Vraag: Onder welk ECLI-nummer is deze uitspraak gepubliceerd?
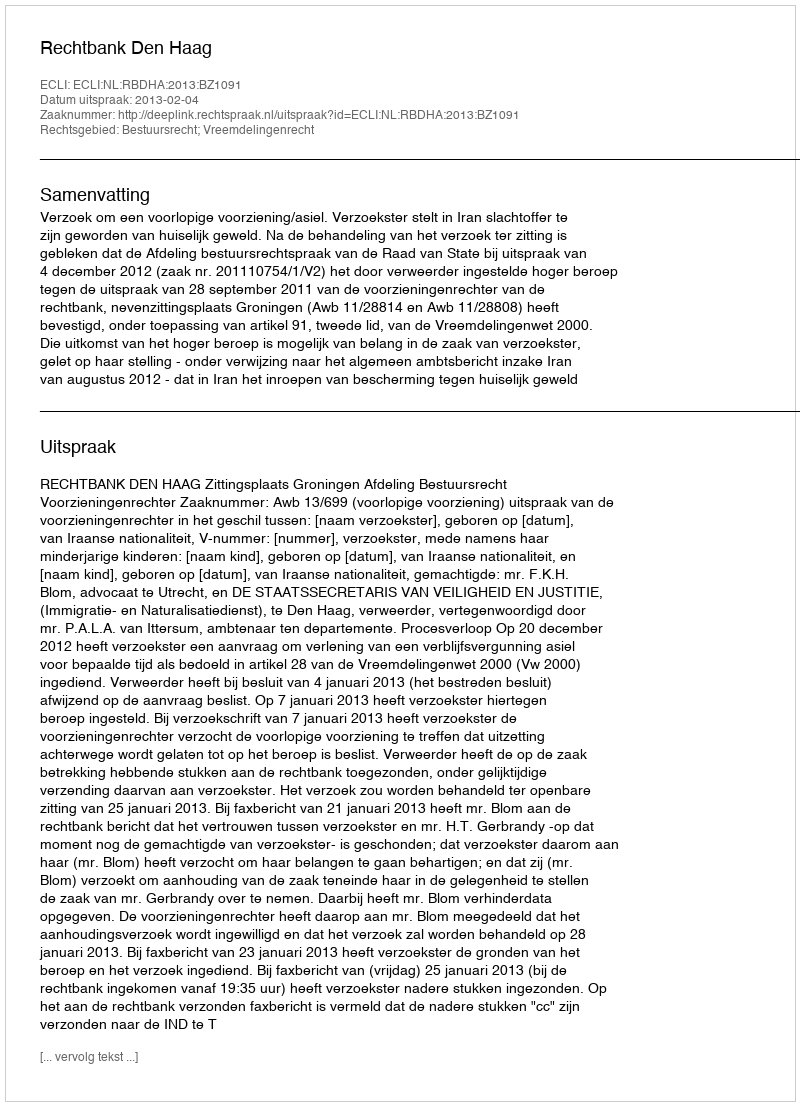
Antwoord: ECLI:NL:RBDHA:2013:BZ1091